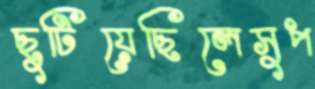
ছুটিয়েছিলেসুপ